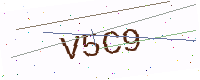
Text: V5C9